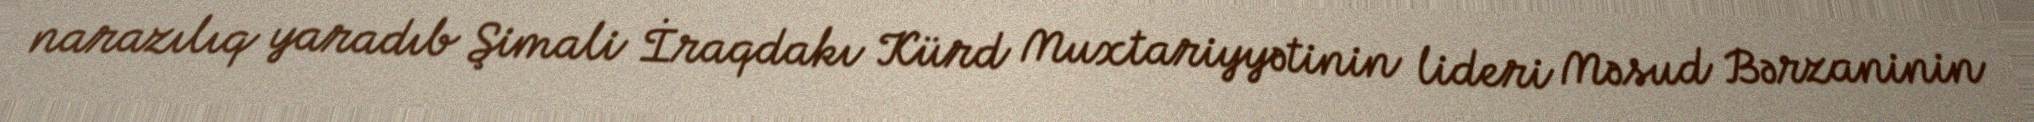
narazılıq yaradıb Şimali İraqdakı Kürd Muxtariyyətinin lideri Məsud Bərzaninin